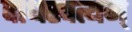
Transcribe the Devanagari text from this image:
वाधस्पत्यम्